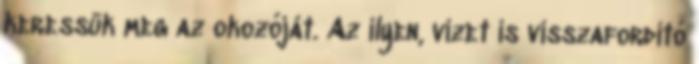
keressük meg az okozóját. Az ilyen, vizet is visszafordító